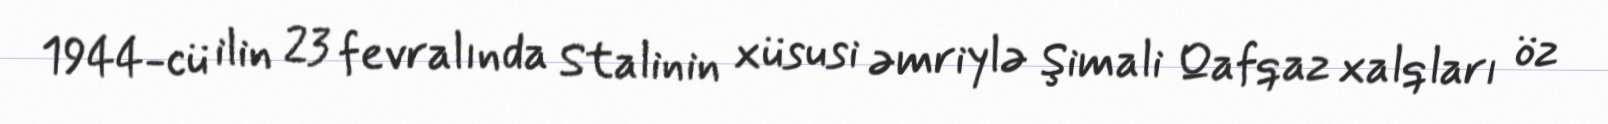
1944-cü ilin 23 fevralında Stalinin xüsusi əmriylə Şimali Qafqaz xalqları öz